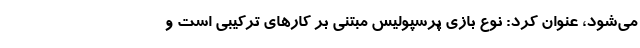
می‌شود، عنوان کرد: نوع بازی پرسپولیس مبتنی بر کارهای ترکیبی است و